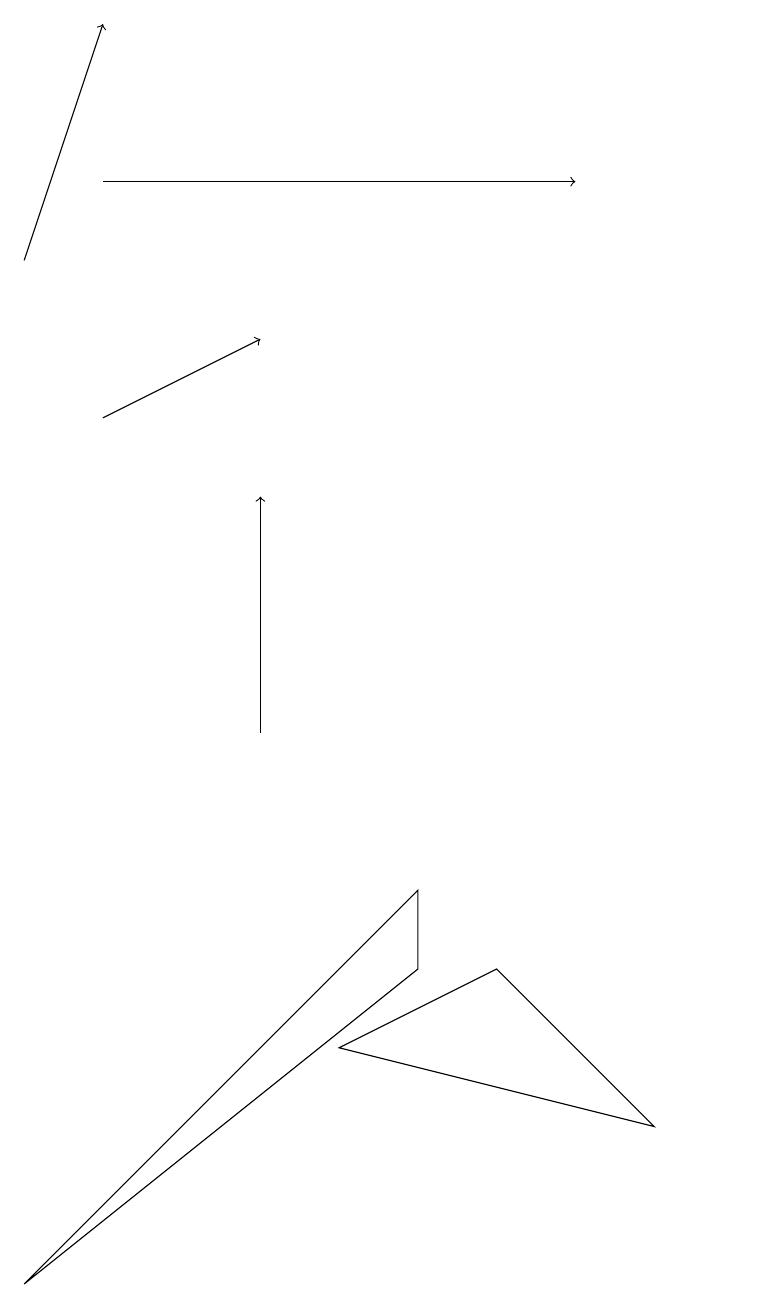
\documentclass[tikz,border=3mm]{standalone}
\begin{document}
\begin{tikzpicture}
\draw[->] (2,14) -- (4,15);
\draw[->] (2,17) -- (8,17);
\draw[->] (4,10) -- (4,13);
\draw (9,5) -- (5,6) -- (7,7) -- cycle;
\draw (1,3) -- (6,7) -- (6,8) -- cycle;
\draw (10,10) circle (0);
\draw[->] (1,16) -- (2,19);
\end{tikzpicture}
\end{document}